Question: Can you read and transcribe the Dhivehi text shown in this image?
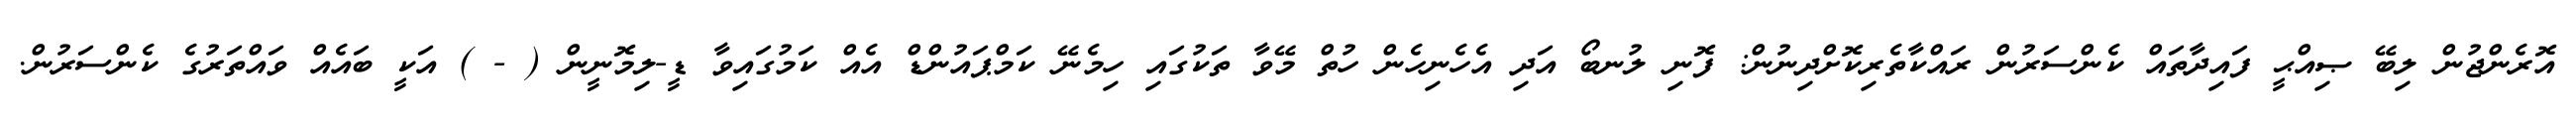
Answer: އޮރެންޖުން ލިބޭ ޞިއްޙީ ފައިދާތައް ކެންސަރުން ރައްކާތެރިކޮށްދިނުން: ފޮނި ލުނބޯ އަދި އެހެނިހެން ހުތް މޭވާ ތަކުގައި ހިމެނޭ ކަމްޕައުންޑް އެއް ކަމުގައިވާ ޑީ-ލިމޮނީން ( - ) އަކީ ބައެއް ވައްތަރުގެ ކެންސަރުން.